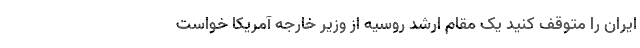
ایران را متوقف کنید یک مقام ارشد روسیه از وزیر خارجه آمریکا خواست